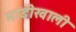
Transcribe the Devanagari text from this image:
मांडीखाली